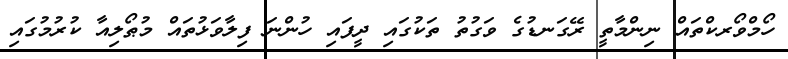
ހޯމްވޯރކްތައް ނިންމާތީ ރޭގަނޑުގެ ވަގުތު ތަކުގައި ދީފައި ހުންނަ ފިލާވަޅުތައް މުޠޯލިއާ ކުރުމުގައި